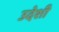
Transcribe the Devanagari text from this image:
उदेशी